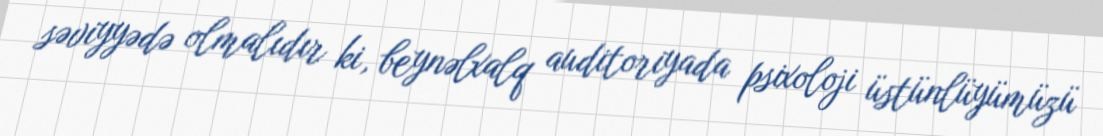
səviyyədə olmalıdır ki, beynəlxalq auditoriyada psixoloji üstünlüyümüzü